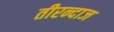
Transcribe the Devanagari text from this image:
तीरन्दाज